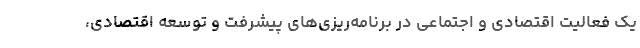
یک فعالیت اقتصادی و اجتماعی در برنامه‌ریزی‌های پیشرفت و توسعه اقتصادی،